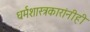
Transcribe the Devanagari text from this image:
धर्मशास्त्रकारांनीही